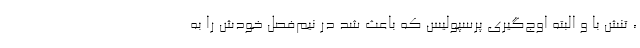
، تنش با و البته اوج‌گیری پرسپولیس که باعث شد در نیم‌فصل خودش را به